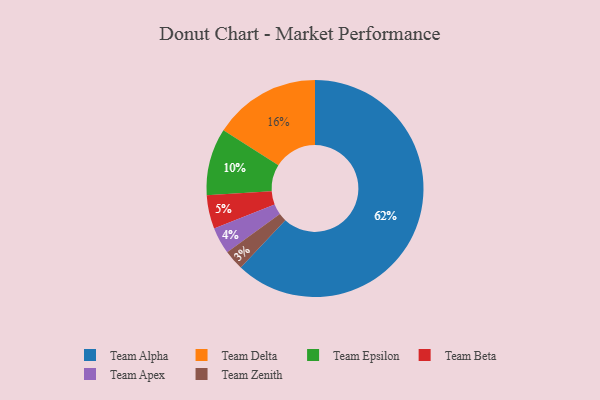
{"axis": {"x": "Category", "y": "Percentage"}, "legend": ["Team Alpha", "Team Apex", "Team Beta", "Team Delta", "Team Epsilon", "Team Zenith"], "data": [{"x": "Team Alpha", "y": 62, "type": "Team Alpha"}, {"x": "Team Epsilon", "y": 10, "type": "Team Epsilon"}, {"x": "Team Delta", "y": 16, "type": "Team Delta"}, {"x": "Team Beta", "y": 5, "type": "Team Beta"}, {"x": "Team Zenith", "y": 3, "type": "Team Zenith"}, {"x": "Team Apex", "y": 4, "type": "Team Apex"}]}